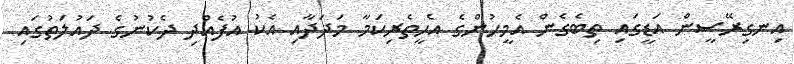
އިނގިރޭސީން އަޑީގައި ތިބެގެން އެމީހުންގެ އެހީތެރިކަމާ މަދަދާއި އެކު އުފެއްދި ދެކުނުގެ ދައުލަތުގައި